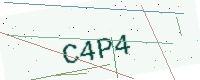
Text: C4P4